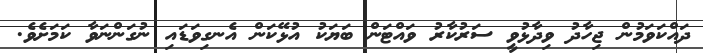
ދައްކަވަމުން ޖިހާދު ވިދާޅުވީ ސަރުކާރު ވައްޓަން ބަޔަކު އުޅޭކަން އެނގިވަޑައި ނުގަންނަވާ ކަމަށެވެ.